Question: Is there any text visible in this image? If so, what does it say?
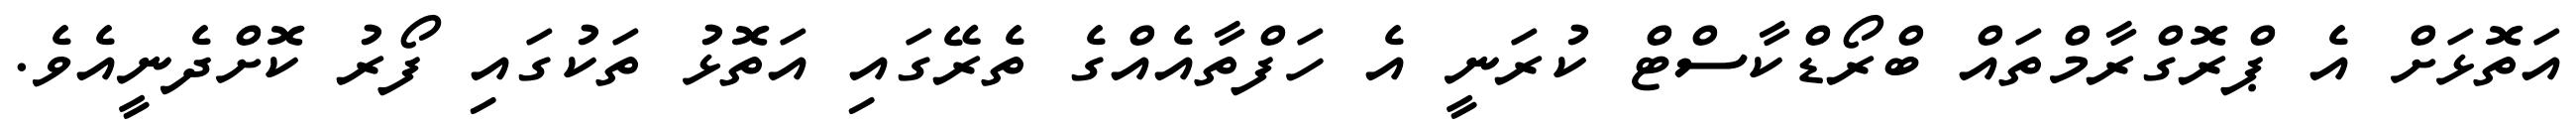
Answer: އަތޮޅަށް އެ ޕްރޮގްރާމްތައް ބްރޯޑްކާސްޓް ކުރަނީ އެ ހަފްތާއެއްގެ ތެރޭގައި އަތޮޅު ތަކުގައި ފޯރު ކޮށްދެނީއެވެ.